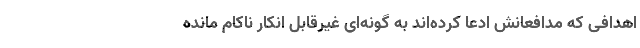
اهدافی که مدافعانش ادعا کرده‌اند به گونه‌ای غیرقابل انکار ناکام مانده